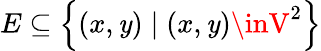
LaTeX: E\subseteq\left\{ (x,\mathit{y})\mid(x,\mathit{y})\inV^{2}\right\}